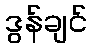
ဒွန်ချင်